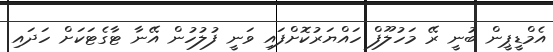
އެމްޑީޕީން ބުނީ ރޭ މަހުލޫފް ހައްޔަރުކޮށްފައި ވަނީ ފުލުހުން އޭނާ ޓާގެޓަކަށް ހަދައި